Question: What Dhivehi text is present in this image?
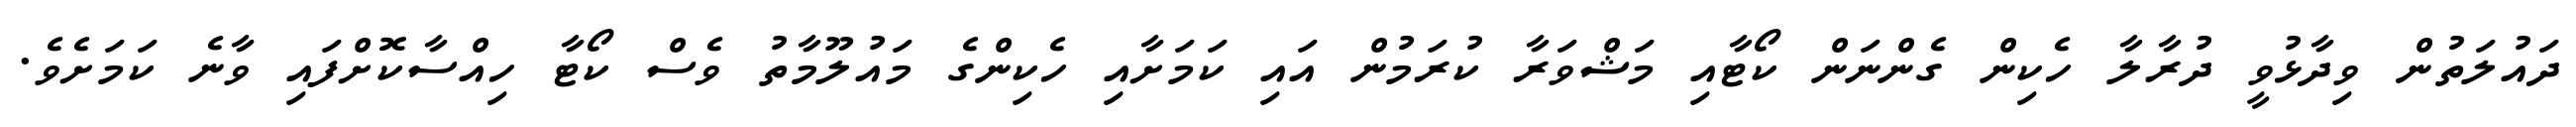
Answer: ދައުލަތުން ވިދާޅުވީ ދުރާލާ ހެކިން ގެންނަން ކޯޓާއި މަޝްވަރާ ކުރަމުން އައި ކަމަށާއި ހެކިންގެ މައުލޫމާތު ވެސް ކޯޓާ ހިއްސާކޮށްފައި ވާނެ ކަމަށެވެ.